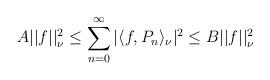
LaTeX: \begin{align*} A ||f||^2_\nu \leq \sum_{n=0}^{\infty} |\langle f, P_n\rangle_\nu |^2 \leq B ||f||^2_\nu\end{align*}